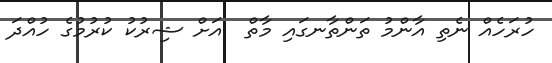
ހުރަހެއް ނެތި އާންމު ތަންތާނގައި މާތް  އަށް ޝިރުކު ކުރުމުގެ ހުއްދަ